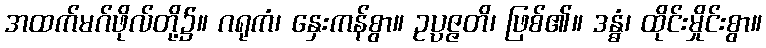
အထက်မဂ်ဖိုလ်တို့၌။ ဂရုကံ၊ နှေးကန်စွာ။ ဥပ္ပဇ္ဇတိ၊ ဖြစ်၏။ ဒန္ဓံ၊ ထိုင်းမှိုင်းစွာ။